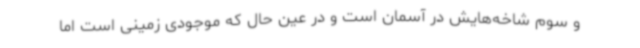
و سوم شاخه‌هایش در آسمان است و در عین حال که موجودی زمینی است اما